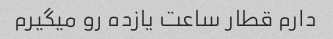
دارم قطار ساعت یازده رو میگیرم